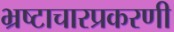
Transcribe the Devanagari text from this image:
भ्रष्टाचारप्रकरणी